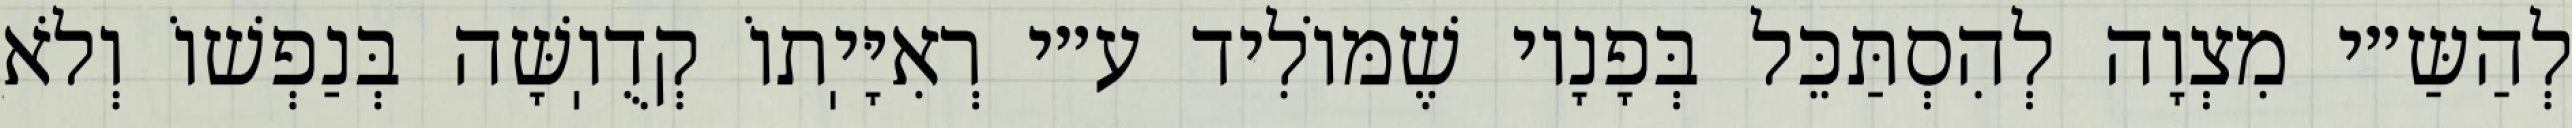
לְהַשַּ״י מִצְוָה לְהִסְתַּכֵּל בְּפָנָיו שֶׁמּוֹלִיד ע״י רְאִיָּיֽתוֹ קְדֻוֽשָּׁה בְּנַפְשׁוֹ וְלֹא